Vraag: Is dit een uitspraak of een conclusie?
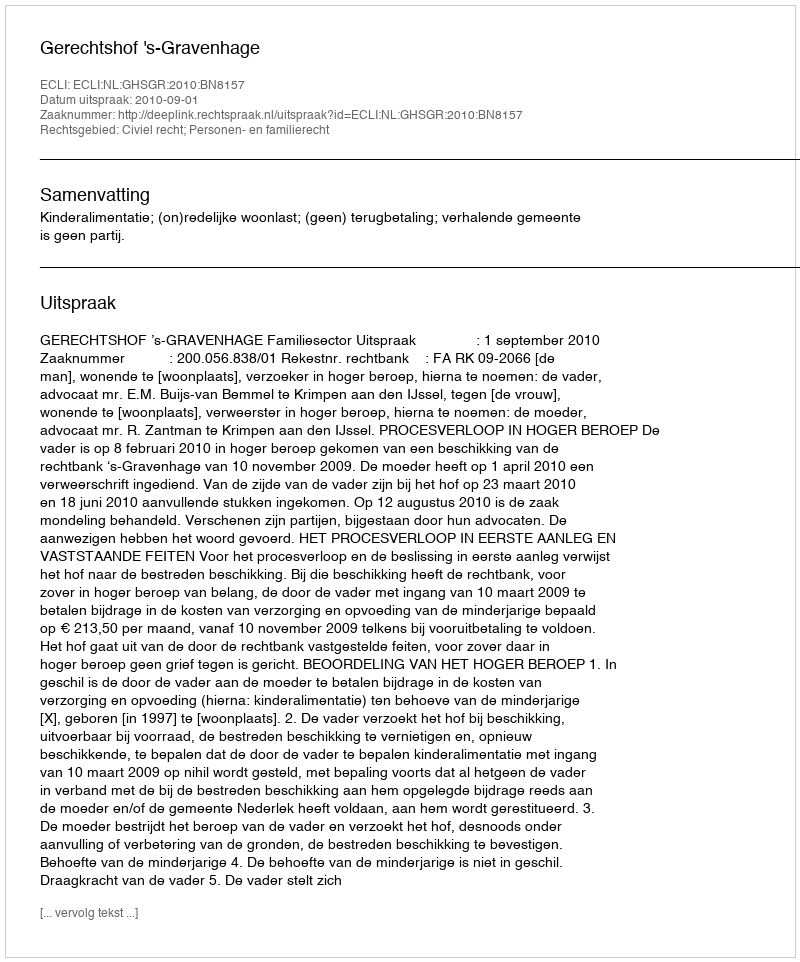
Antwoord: Uitspraak